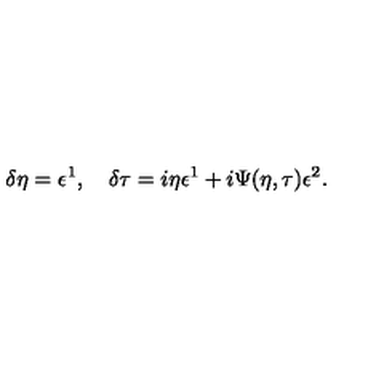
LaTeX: \delta \eta = \epsilon ^ { 1 } , \quad \delta \tau = i \eta \epsilon ^ { 1 } + i \Psi ( \eta , \tau ) \epsilon ^ { 2 } .